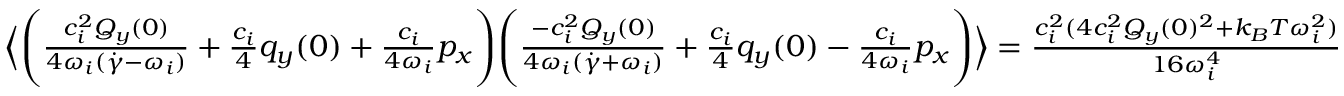
\begin{array} { r l } & { \Bigl \langle \Biggl ( \frac { c _ { i } ^ { 2 } Q _ { y } ( 0 ) } { 4 \omega _ { i } ( \dot { \gamma } - \omega _ { i } ) } + \frac { c _ { i } } { 4 } q _ { y } ( 0 ) + \frac { c _ { i } } { 4 \omega _ { i } } p _ { x } \Biggr ) \Biggl ( \frac { - c _ { i } ^ { 2 } Q _ { y } ( 0 ) } { 4 \omega _ { i } ( \dot { \gamma } + \omega _ { i } ) } + \frac { c _ { i } } { 4 } q _ { y } ( 0 ) - \frac { c _ { i } } { 4 \omega _ { i } } p _ { x } \Biggr ) \Bigr \rangle = \frac { c _ { i } ^ { 2 } ( 4 c _ { i } ^ { 2 } Q _ { y } ( 0 ) ^ { 2 } + k _ { B } T \omega _ { i } ^ { 2 } ) } { 1 6 \omega _ { i } ^ { 4 } } } \end{array}